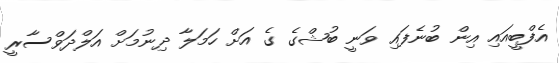
އެފްބީއައި އިން ބުނެފައި ވަނީ ބުޝްގެ ގެ އަށް ހަމަލާ ދިނުމަށް އަލްދަވްސާރީ